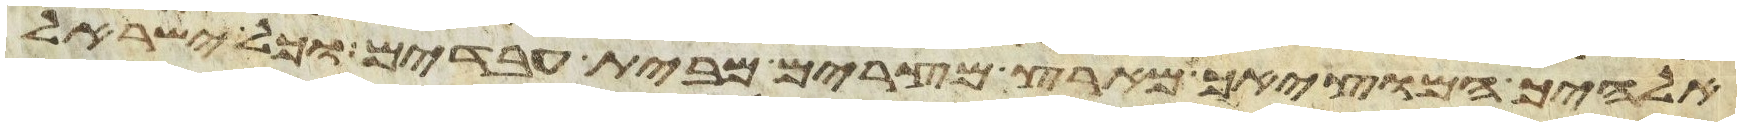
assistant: אלהיך המוציאך מארץ מצרים מבית עבדים וכל ישראל